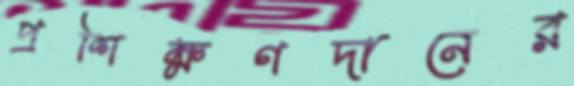
প্রশিক্ষণদানের